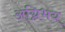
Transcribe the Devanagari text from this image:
अग्निभय